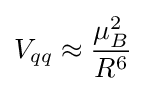
V_{qq}\approx {\frac {\mu _{B}^{2}}{R^{6}}}